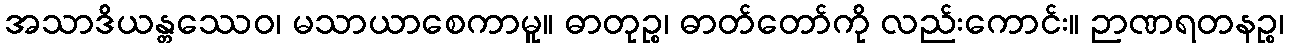
အသာဒိယန္တဿေဝ၊ မသာယာစေကာမူ။ ဓာတုဉ္စ၊ ဓာတ်တော်ကို လည်းကောင်း။ ဉာဏရတနဉ္စ၊